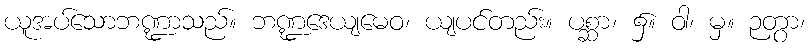
ယူအပ်သောဘဏ္ဍာသည်။ ဘဏ္ဍဒေယျမေဝ၊ ယျပင်တည်း။ ပစ္ဆာ၊ ၌။ ဝါ၊ မှ။ ဉတွာ၊